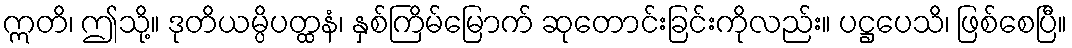
ဣတိ၊ ဤသို့။ ဒုတိယမ္ပိပတ္ထနံ၊ နှစ်ကြိမ်မြောက် ဆုတောင်းခြင်းကိုလည်း။ ပဋ္ဌပေသိ၊ ဖြစ်စေပြီ။